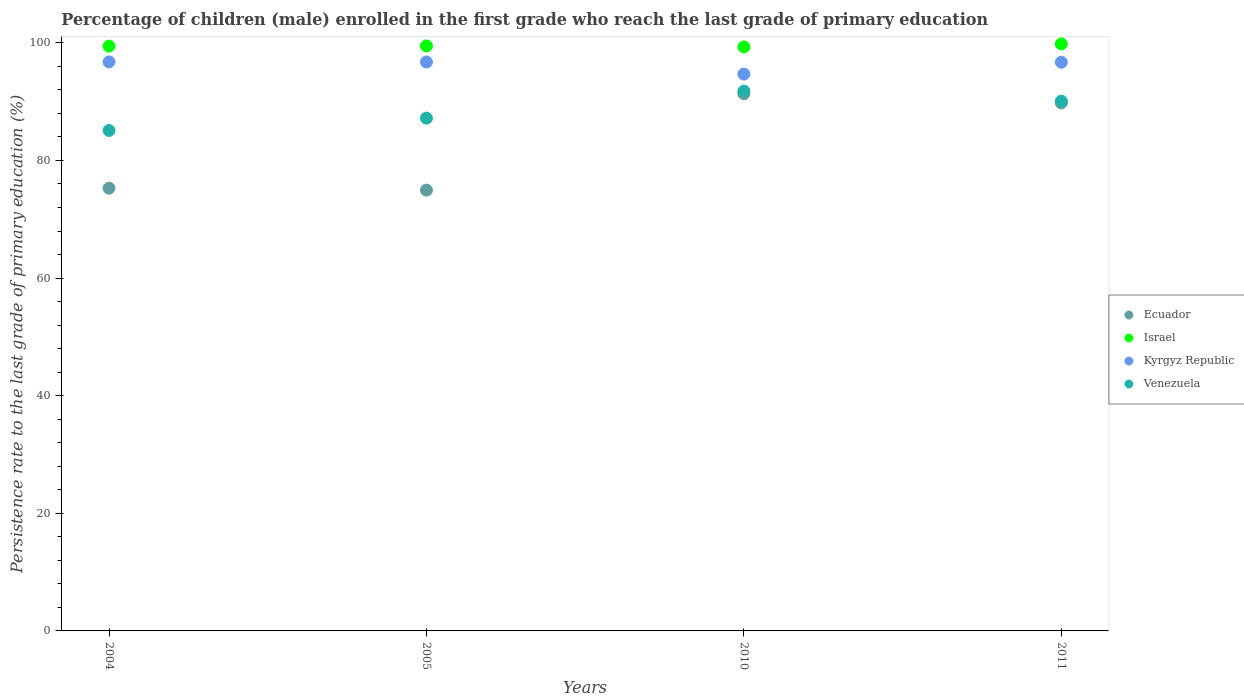
| Years | Ecuador | Israel | Kyrgyz Republic | Venezuela |
 | --- | --- | --- | --- | --- |
 | 2004 | 75.3 | 99.4 | 96.8 | 85.1 |
 | 2005 | 75 | 99.5 | 96.7 | 87.2 |
 | 2010 | 91.3 | 99.3 | 94.7 | 91.8 |
 | 2011 | 89.8 | 99.8 | 96.7 | 90.1 |